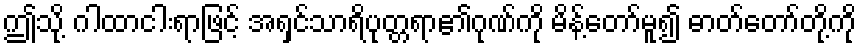
ဤသို့ ဂါထာငါးရာဖြင့် အရှင်သာရိပုတ္တရာ၏ဂုဏ်ကို မိန့်တော်မူ၍ ဓာတ်တော်တို့ကို